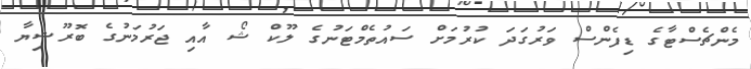
މެންޗެސްޓާގެ ޑިފެންސް ވަރުގަދަ ކުރުމަށް ސައުތެމްޓަނުގެ ލޫކް ޝޯ އާއި ޖަރުމަނުގެ ބޮރޫޝިޔާ